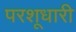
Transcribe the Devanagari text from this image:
परशूधारी